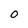
Character: 0